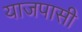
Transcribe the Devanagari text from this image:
याजपासी